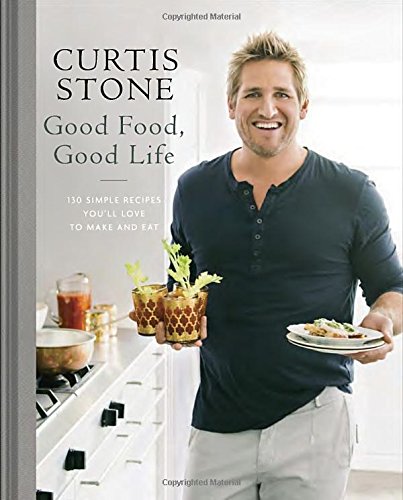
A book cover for Good Food, Good Life: 130 Simple Recipes You'll Love to Make and Eat; Curtis Stone; Cookbooks, Food & Wine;